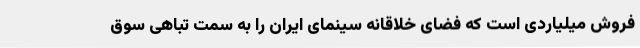
فروش میلیاردی است که فضای خلاقانه سینمای ایران را به سمت تباهی سوق